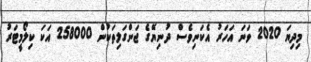
މިދިޔަ 2020 ވަނަ އަހަރު އެކަނިވެސް ދުނިޔޭގެ ޖަންގަލިތަކުން 258000 އަކަ ކިލޯމީޓަރު